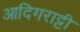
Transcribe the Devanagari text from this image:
आदिगराट्टी